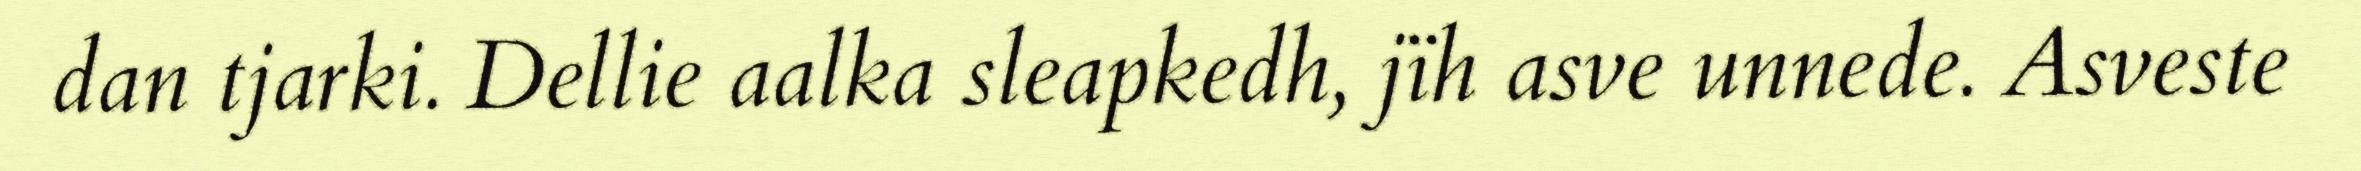
dan tjarki. Dellie aalka sleapkedh, jïh asve unnede. Asveste